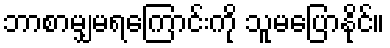
ဘာစာမျှမရကြောင်းကို သူမပြောနိုင်။